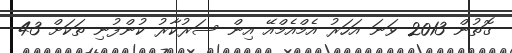
ގޮތުން 2013 ވަނަ އަހަރު އެމްއެމްއޭ އިން ސަރުކާރު ކުންފުނި ތަކަށް 43